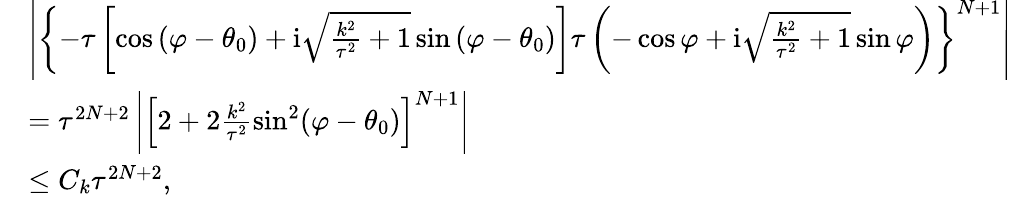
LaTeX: \begin{array}{rl}&{\left|{{{{\left\{ {-\tau\left[\cos\left(\varphi-\theta_{0}\right)+\mathrm{i}\sqrt{\frac{k^{2}}{\tau^{2}}+1}\sin\left(\varphi-\theta_{0}\right)\right]\tau\left(-\cos\varphi+\mathrm i\sqrt{\frac{k^{2}}{\tau^{2}}+1}\sin\varphi\right)}\right\} }^{N+1}}}}\right|}\\ &{=\tau^{2N+2}\left|{\left[2+2\frac{k^{2}}{\tau^{2}}\sin^{2}(\varphi-\theta_{0})\right]}^{N+1}\right|}\\ &{\leq C_{k}\tau^{2N+2},}\end{array}